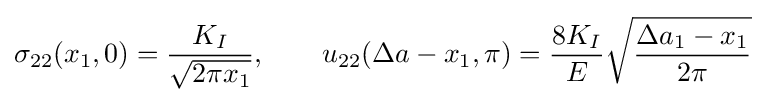
\sigma _{22}(x_{1},0)={\frac {K_{I}}{\sqrt {2\pi x_{1}}}},\qquad u_{22}(\Delta a-x_{1},\pi )={\frac {8K_{I}}{E}}{\sqrt {\frac {\Delta a_{1}-x_{1}}{2\pi }}}